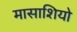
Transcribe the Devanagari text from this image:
मासाशियो